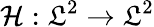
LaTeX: \mathcal{H}:\mathfrak{L}^{2}\to\mathfrak{L}^{2}